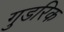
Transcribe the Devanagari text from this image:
गुडरिक